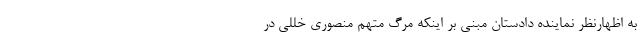
به اظهارنظر نماینده دادستان مبنی بر اینکه مرگ متهم منصوری خللی در